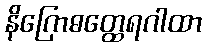
နိဂြောဓတ္ထေရဂါထာ